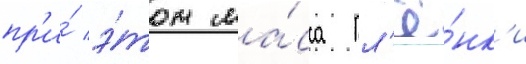
пр'и́ э́том ма́сса пл'ё́нк'и